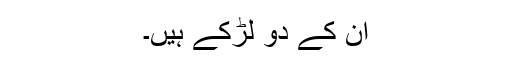
ان کے دو لڑکے ہیں۔